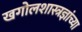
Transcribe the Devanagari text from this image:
खगोलशास्त्रज्ञांच्या